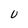
Character: U